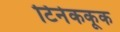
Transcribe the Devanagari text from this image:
टिनेककूक